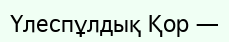
Үлеспұлдық Қор —